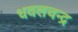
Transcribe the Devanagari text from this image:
धवलचन्द्र